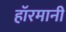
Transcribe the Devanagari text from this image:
हाॅरमानी